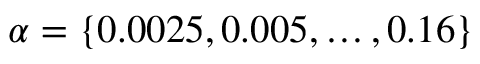
\alpha = \{ 0 . 0 0 2 5 , 0 . 0 0 5 , \ldots , 0 . 1 6 \}